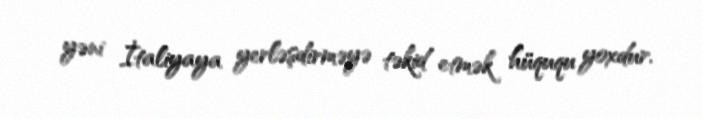
yəni İtaliyaya yerləşdirməyə təkid etmək hüququ yoxdur.